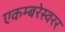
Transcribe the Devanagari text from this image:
एकम्बरेस्वरर